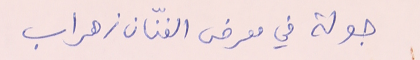
جولة في معرض الفنّان زهراب